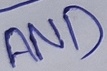
Text: AND